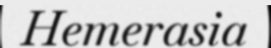
Hemerasia